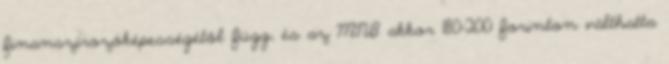
finanszírozóképességétől függ, és az MNB akkor 180-200 forinton válthatta